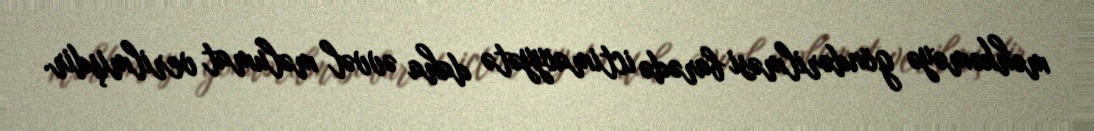
məhkəməyə göndərilməsi barədə ictimaiyyətə daha əvvəl məlumat verilmişdir.